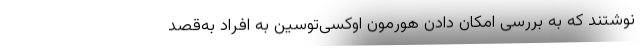
نوشتند که به بررسی امکانِ دادنِ هورمون اوکسی‌توسین به افراد به‌قصد